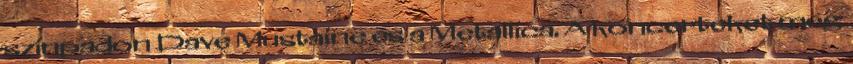
színpadon Dave Mustaine és a Metallica. A koncerteket még